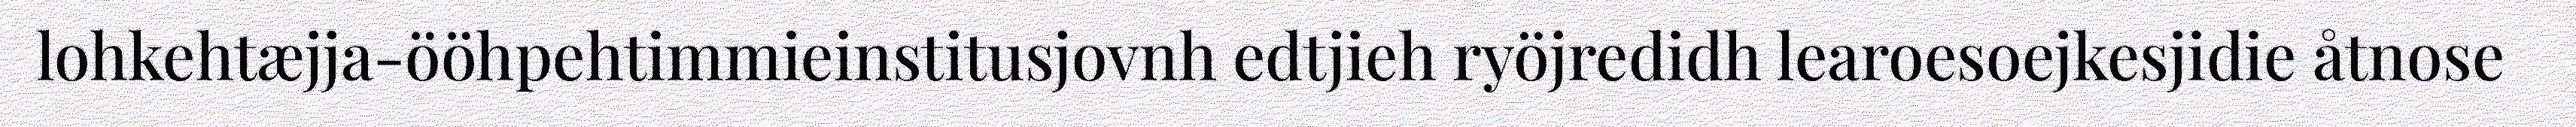
lohkehtæjja-ööhpehtimmieinstitusjovnh edtjieh ryöjredidh learoesoejkesjidie åtnose